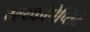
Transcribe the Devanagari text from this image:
ग्ल्य्कोपेप्तिदे